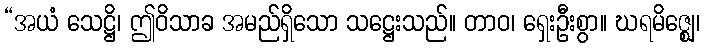
“အယံ သေဋ္ဌိ၊ ဤဝိသာခ အမည်ရှိသော သဋ္ဌေးသည်။ တာဝ၊ ရှေးဦးစွာ။ ဃရမိဇ္ဈေ၊